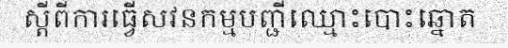
ស្តីពីការធ្វើសវនកម្មបញ្ជីឈ្មោះបោះឆ្នោត